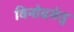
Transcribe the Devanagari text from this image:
विनोदमेतु